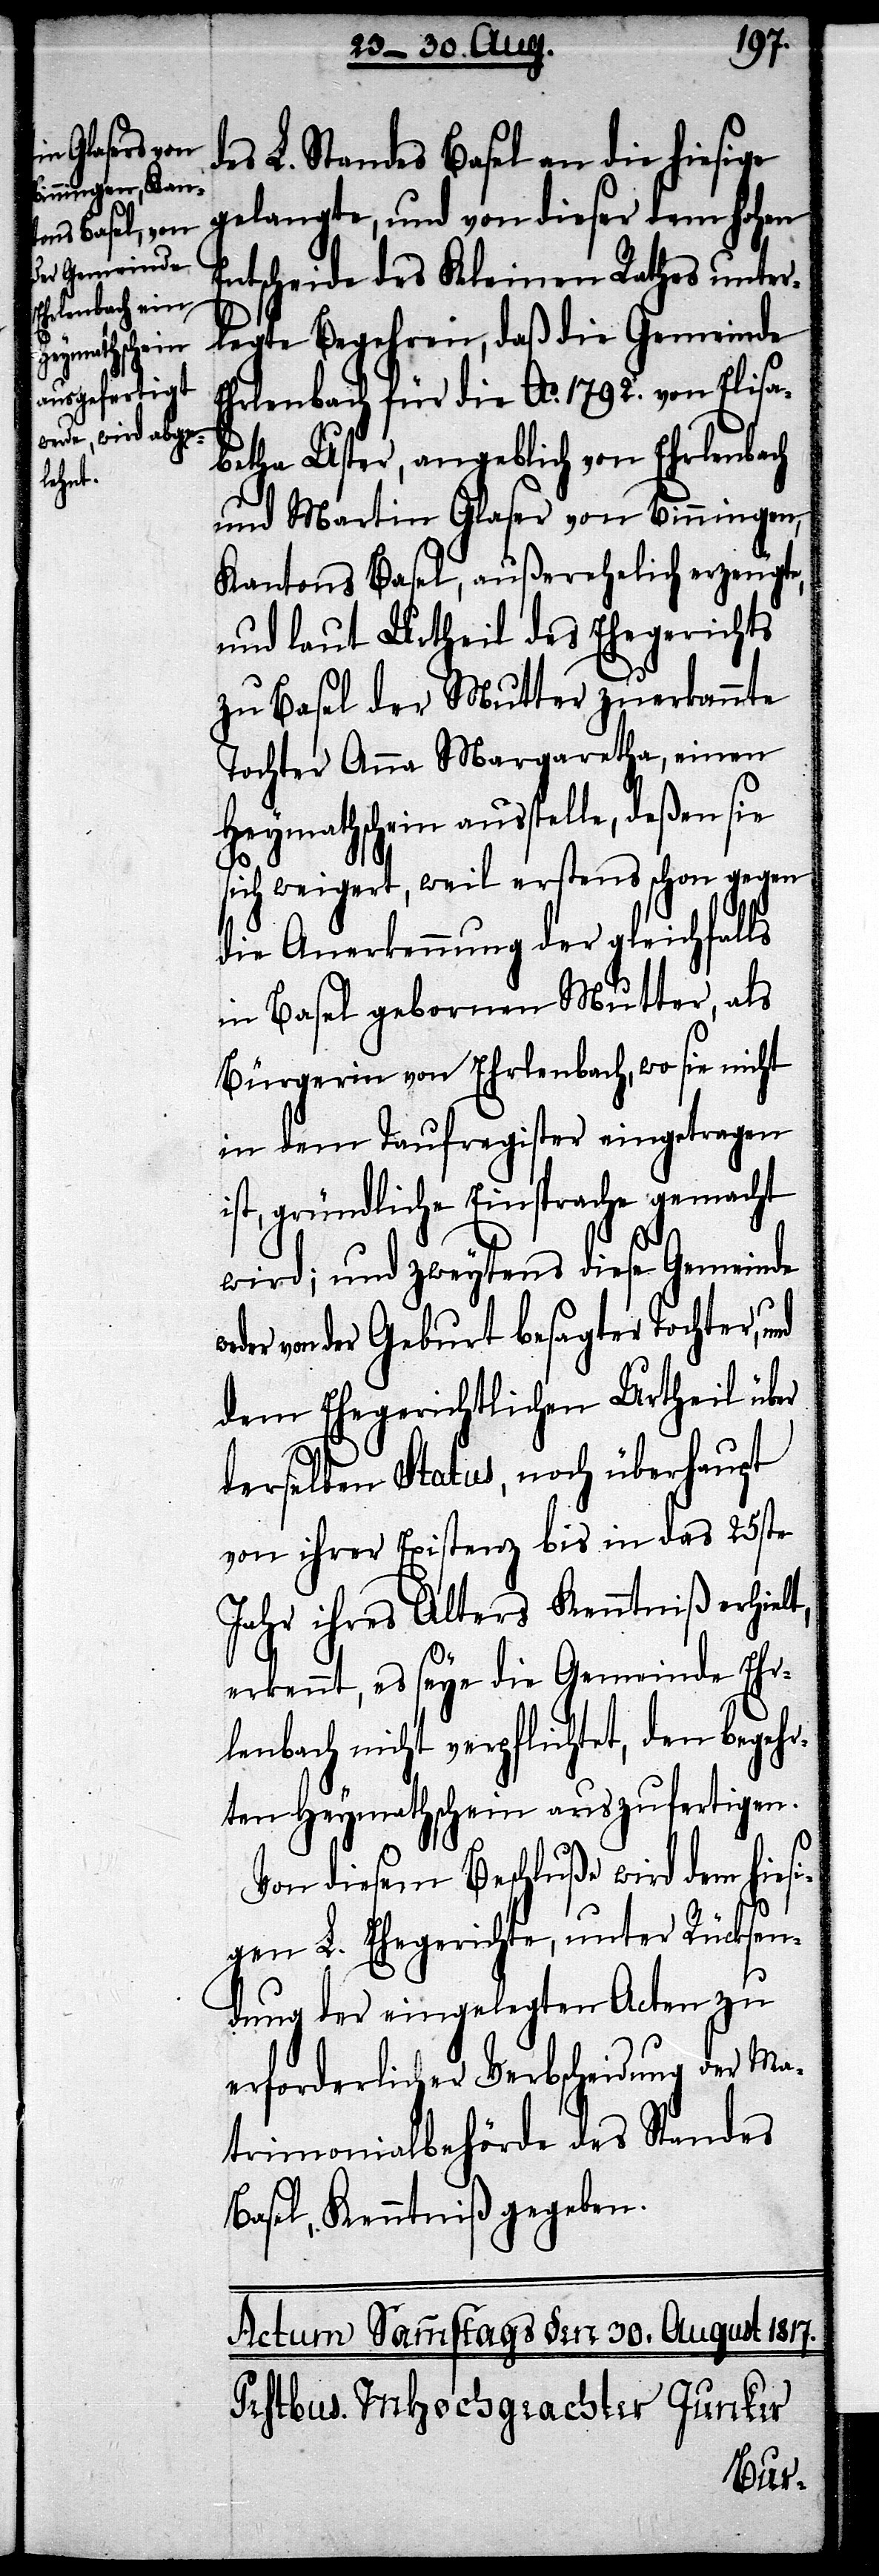
es L. Standes Basel an die hiesige
gelangte, und von dieser dem hohen
Entscheide des Kleinen Rathes unter¬
legte Begehren, daß die Gemeinde
Ehrlenbach für die Ao. 1792. von Elisa¬
betha Uster, angeblich von Ehrlenbach
und Martin Glaser von Binningen,
Kantons Basel, außerehelich erzeugte,
und laut Urtheil des Ehegerichts
zu Basel der Mutter zuerkannte
Tochter Anna Margaretha, einen
Heymathschein ausstelle, deßen sie
sich weigert, weil erstens schon gegen
die Anerkennung der gleichfalls
in Basel gebornen Mutter, als
Bürgerin von Ehrlenbach, wo sie nicht
in dem Taufregister eingetragen
ist, gründliche Einsprache gemacht
wird; und zweytens diese Gemeinde
von der Geburt besagter Tochter, und
dem Ehegerichtlichen Urtheil über
derselben Status, noch überhaupt
von ihrer Existenz bis in das 25ste
Jahr ihres Alters Kenntniß erhielt,
erkennt, es seye die Gemeinde Ehr¬
lenbach nicht verpflichtet, den begehr¬
ten Heymathschein auszufertigen.
Von diesem Beschluße wird dem hies¬
igen L. Ehegerichte, unter Rücksen¬
dung der eingelegten Acten zu
erforderlicher Verbscheidung der Ma¬
trimonialbehörde des Standes
Basel, Kenntniß gegeben.
d¬